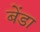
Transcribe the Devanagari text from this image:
बेंडा